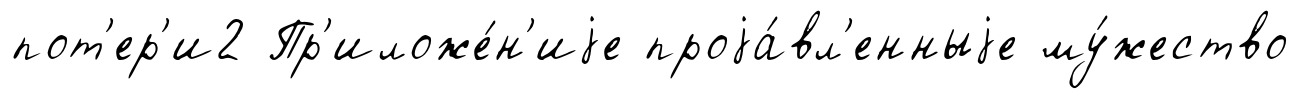
пот'ер'и2 Пр'иложе́н'иjе проjа́вл'енныjе му́жество